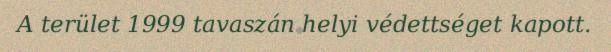
A terület 1999 tavaszán helyi védettséget kapott.